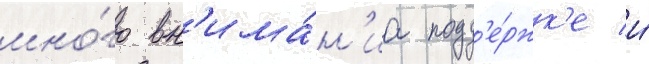
мно́го вн'има́н'иа подд'е́ржк'е и́